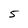
Character: 5